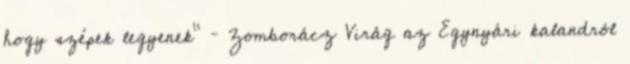
hogy szépek legyenek” – Zomborácz Virág az Egynyári kalandról